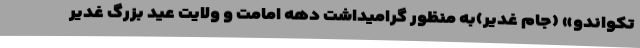
تکواندو» (جام غدیر)به منظور گرامیداشت دهه امامت و ولایت عید بزرگ غدیر